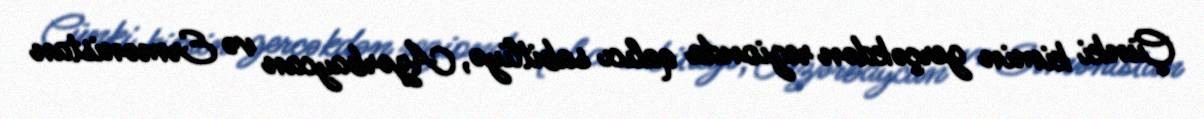
Çünki kimin gerçəkdən regionda qalıcı sabitliyə, Azərbaycan və Ermənistan